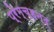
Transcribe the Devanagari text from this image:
प्रेम्च्हन्द्